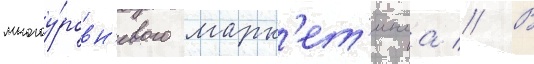
многоу́ровн'евого марк'ет'инга // В